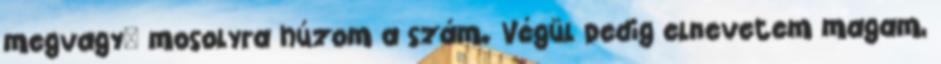
megvagy" mosolyra húzom a szám. Végül pedig elnevetem magam,